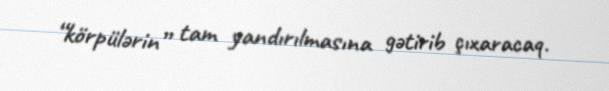
“körpülərin” tam yandırılmasına gətirib çıxaracaq.